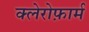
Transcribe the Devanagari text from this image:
क्लेरोफ़ार्म